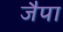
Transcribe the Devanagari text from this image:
जैपा